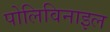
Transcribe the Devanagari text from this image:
पोलिविनाइल